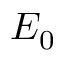
E _ { 0 }